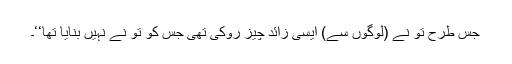
جس طرح تو نے (لوگوں سے) ایسی زائد چیز روکی تھی جس کو تو نے نہیں بنایا تھا‘‘۔